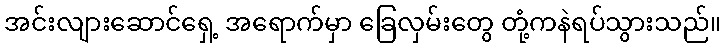
အင်းလျားဆောင်ရှေ့ အရောက်မှာ ခြေလှမ်းတွေ တုံ့ကနဲရပ်သွားသည်။